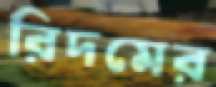
রিদমের